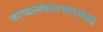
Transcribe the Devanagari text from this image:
काव्यालंकारसारसंग्रह